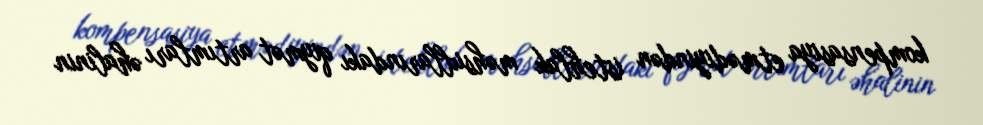
kompensasiya etmədiyindən istehlak məhsullarındakı qiymət artımları əhalinin